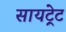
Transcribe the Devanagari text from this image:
सायट्रेट